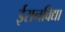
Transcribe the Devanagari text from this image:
ईरानविद्या